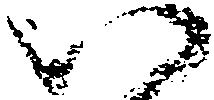
い